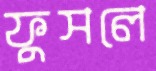
ফুসলে